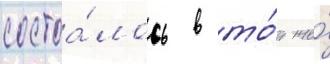
состоа́лось в то́т же́